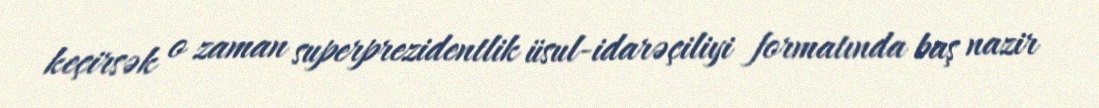
keçirsək o zaman superprezidentlik üsul-idarəçiliyi formatında baş nazir